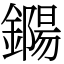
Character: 鐊